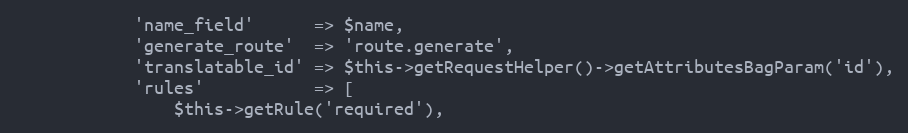
Language: PHP
            'name_field'      => $name,
            'generate_route'  => 'route.generate',
            'translatable_id' => $this->getRequestHelper()->getAttributesBagParam('id'),
            'rules'           => [
                $this->getRule('required'),